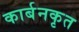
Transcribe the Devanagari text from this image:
कार्बनकृत